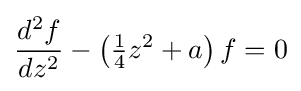
{\frac {d^{2}f}{dz^{2}}}-\left({\tfrac {1}{4}}z^{2}+a\right)f=0